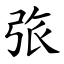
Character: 㢳